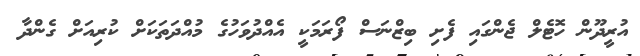
އުރީދޫން ހޮޓެލް ޖެންގައި ފެށި ބިޒްނަސް ފޯރަމަކީ އެއްދުވަހުގެ މުއްދަތަކަށް ކުރިއަށް ގެންދާ